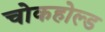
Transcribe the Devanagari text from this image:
चोकहोल्ड